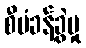
စီမံခန့်ခွဲမှု